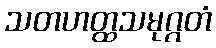
သတဟတ္ထသမုဂ္ဂတံ